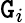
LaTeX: \mathtt{G}_{i}